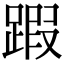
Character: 䠍